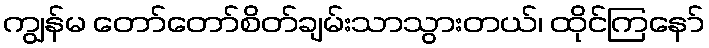
ကျွန်မ တော်တော်စိတ်ချမ်းသာသွားတယ်၊ ထိုင်ကြနော်